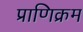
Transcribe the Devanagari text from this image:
प्राणिक्रम